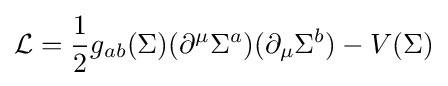
{\mathcal {L}}={1 \over 2}g_{ab}(\Sigma )(\partial ^{\mu }\Sigma ^{a})(\partial _{\mu }\Sigma ^{b})-V(\Sigma )